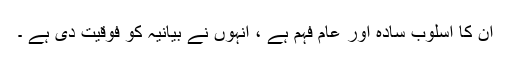
ان کا اسلوب سادہ اور عام فہم ہے ، انہوں نے بیانیہ کو فوقیت دی ہے ۔